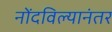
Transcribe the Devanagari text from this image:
नोंदविल्यानंतर